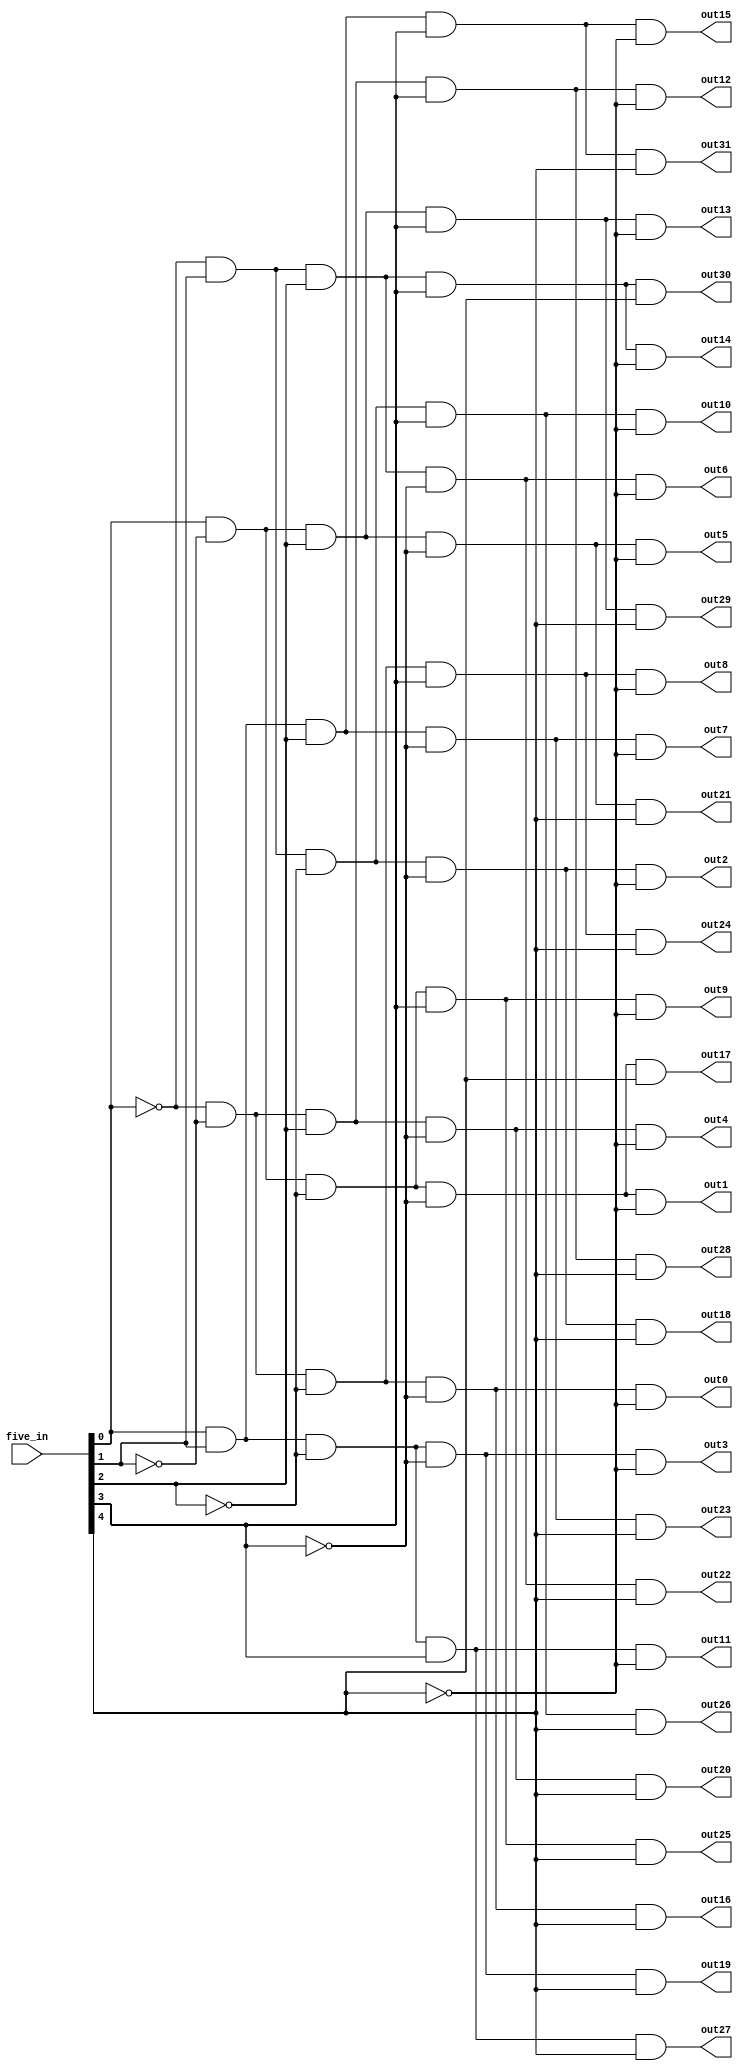
module fivebit_demux(five_in, out0, out1, out2, out3, out4, out5, out6, out7, out8, out9, out10, out11, out12, out13, out14, out15, out16, out17, out18, out19, out20, out21, out22, out23, out24, out25, out26, out27,out28, out29, out30, out31);
   
   //Inputs
   input [4:0] five_in;
   //Output
   output out0, out1, out2, out3, out4, out5, out6, out7, out8, out9, out10, out11, out12, out13, out14, out15, out16, out17, out18, out19, out20, out21, out22, out23, out24, out25, out26, out27,out28, out29, out30, out31;
   
   //Register
	wire not0, not1, not2, not3, not4;
	not myNot0(not0, five_in[0]);
	not myNot1(not1, five_in[1]);
	not myNot2(not2, five_in[2]);
	not myNot3(not3, five_in[3]);
	not myNot4(not4, five_in[4]);

	
	and myAnd0(out0, not0, not1, not2, not3, not4);
	and myAnd1(out1, five_in[0], not1, not2, not3, not4);
	and myAnd2(out2, not0, five_in[1], not2, not3, not4);
	and myAnd3(out3, five_in[0], five_in[1], not2, not3, not4);
	and myAnd4(out4, not0, not1, five_in[2], not3, not4);
	and myAnd5(out5, five_in[0], not1, five_in[2], not3, not4);
	and myAnd6(out6, not0, five_in[1], five_in[2], not3, not4);
	and myAnd7(out7, five_in[0], five_in[1], five_in[2], not3, not4);
	and myAnd8(out8, not0, not1, not2, five_in[3], not4);
	and myAnd9(out9, five_in[0], not1, not2, five_in[3], not4);
	and myAnd10(out10, not0, five_in[1], not2, five_in[3], not4);
	and myAnd11(out11, five_in[0], five_in[1], not2, five_in[3], not4);
	and myAnd12(out12, not0, not1, five_in[2], five_in[3], not4);
	and myAnd13(out13, five_in[0], not1, five_in[2], five_in[3], not4);
	and myAnd14(out14, not0, five_in[1], five_in[2], five_in[3], not4);
	and myAnd15(out15, five_in[0], five_in[1], five_in[2], five_in[3], not4);
	and myAnd16(out16, not0, not1, not2, not3, five_in[4]);
	and myAnd17(out17, five_in[0], not1, not2, not3, five_in[4]);
	and myAnd18(out18, not0, five_in[1], not2, not3, five_in[4]);
	and myAnd19(out19, five_in[0], five_in[1], not2, not3, five_in[4]);
	and myAnd20(out20, not0, not1, five_in[2], not3, five_in[4]);
	and myAnd21(out21, five_in[0], not1, five_in[2], not3, five_in[4]);
	and myAnd22(out22, not0, five_in[1], five_in[2], not3, five_in[4]);
	and myAnd23(out23, five_in[0], five_in[1], five_in[2], not3, five_in[4]);
	and myAnd24(out24, not0, not1, not2, five_in[3], five_in[4]);
	and myAnd25(out25, five_in[0], not1, not2, five_in[3], five_in[4]);
	and myAnd26(out26, not0, five_in[1], not2, five_in[3], five_in[4]);
	and myAnd27(out27, five_in[0], five_in[1], not2, five_in[3], five_in[4]);
	and myAnd28(out28, not0, not1, five_in[2], five_in[3], five_in[4]);
	and myAnd29(out29, five_in[0], not1, five_in[2], five_in[3], five_in[4]);
	and myAnd30(out30, not0, five_in[1], five_in[2], five_in[3], five_in[4]);
	and myAnd31(out31, five_in[0], five_in[1], five_in[2], five_in[3], five_in[4]);
   
endmodule